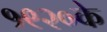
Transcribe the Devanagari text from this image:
१९२०के